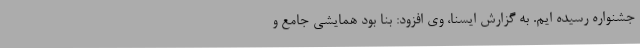
جشنواره رسیده ایم. به گزارش ایسنا، وی افزود: بنا بود همایشی جامع و